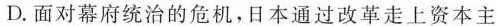
D.面对幕府统治的危机，日本通过改革走上资本主